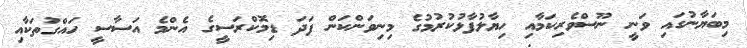
މިބަޔާނުގައި ވަނީ ނޫސްވެރިކަމާއި ހިޔާލުފާޅުކުރުމުގެ މިނިވަންކަން ފަދަ ޑިމޮކްރަސީގެ އެންމެ އަސާސީ ހައްގުތަކާއި